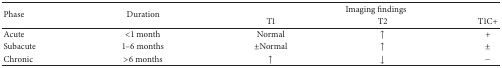
| <ROWSPAN=2> Phase | <ROWSPAN=2> Duration | <COLSPAN=3> Imaging findings |
 | T1 | T2 | T1C+ |
 | --- | --- | --- | --- | --- |
 | Acute | <1 month | Normal | ↑ | + |
 | Subacute | 1–6 months | ±Normal | ↑ | ± |
 | Chronic | >6 months | ↑ | ↓ | − |